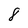
Character: 8